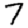
Digit: 7